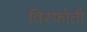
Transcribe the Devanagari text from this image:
विस्फोती